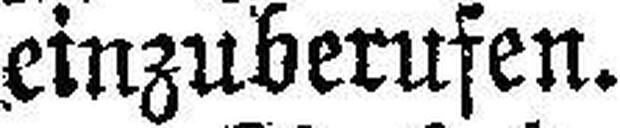
einzuberufen.